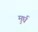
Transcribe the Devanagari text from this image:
मुर्घ